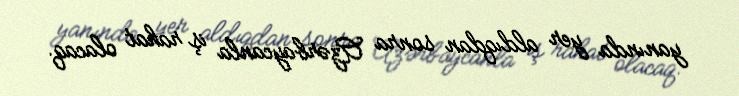
yanında yer aldıqdan sonra Azərbaycanla iş rahat olacaq.